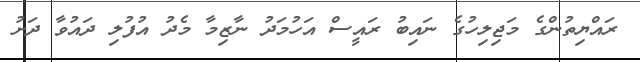
ރައްޔިތުންގެ މަޖިލިހުގެ ނައިބު ރައީސް އަހުމަދު ނާޒިމާ މެދު އުފުލި ދައުވާ ދަށު